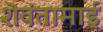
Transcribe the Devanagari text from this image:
शॆवंतामाई